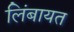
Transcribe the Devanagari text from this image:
लिंबायत